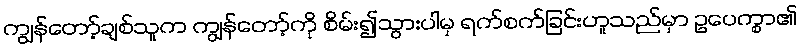
ကျွန်တော့်ချစ်သူက ကျွန်တော့်ကို စိမ်း၍သွားပါမှ ရက်စက်ခြင်းဟူသည်မှာ ဥပေက္စာ၏